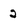
Character: 2